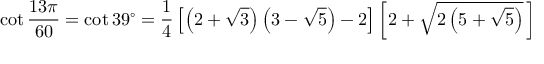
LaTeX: \cot { \frac { 1 3 \pi } { 6 0 } } = \cot 3 9 ^ { \circ } = { \frac { 1 } { 4 } } \left[ \left( 2 + { \sqrt { 3 } } \right) \left( 3 - { \sqrt { 5 } } \right) - 2 \right] \left[ 2 + { \sqrt { 2 \left( 5 + { \sqrt { 5 } } \right) } } \, \right]